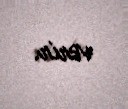
verir.